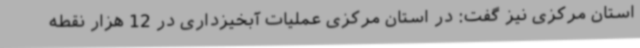
استان مرکزی نیز گفت: در استان مرکزی عملیات آبخیزداری در 12 هزار نقطه